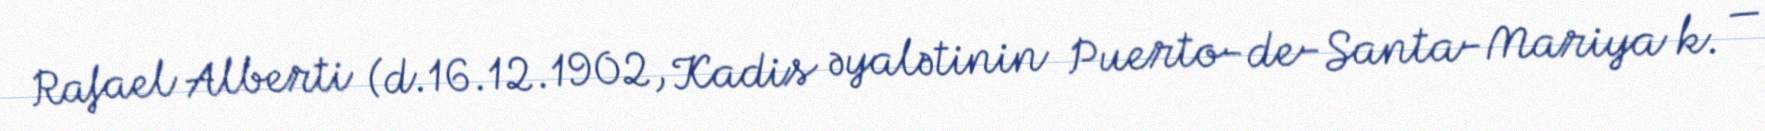
Rafael Alberti (d.16.12.1902, Kadis əyalətinin Puerto-de-Santa-Mariya k. —